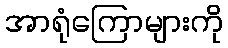
အာရုံကြောများကို